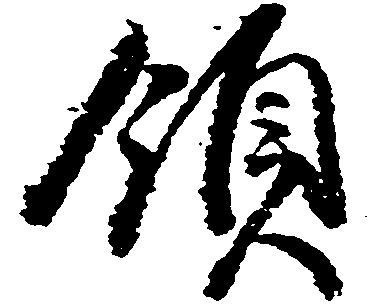
領